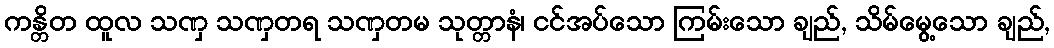
ကန္တိတ ထူလ သဏှ သဏှတရ သဏှတမ သုတ္တာနံ၊ ငင်အပ်သော ကြမ်းသော ချည်, သိမ်မွေ့သော ချည်,